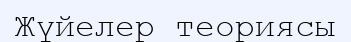
Жүйелер теориясы